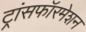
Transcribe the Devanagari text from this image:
ट्रांसफॉरमेशन